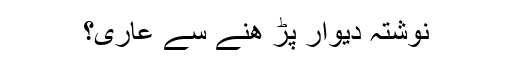
نوشتہ دیوار پڑ ھنے سے عاری؟